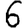
Digit: 6